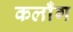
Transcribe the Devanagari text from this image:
कलाँग